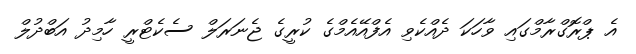
އެ ޕްރޮގްރާމްގައި ވާހަކަ ދެއްކެވި އެފްއޭއެމްގެ ކުރީގެ ޖެނަރަލް ސެކެޓްރީ ހާމިދު އަބްދުލް